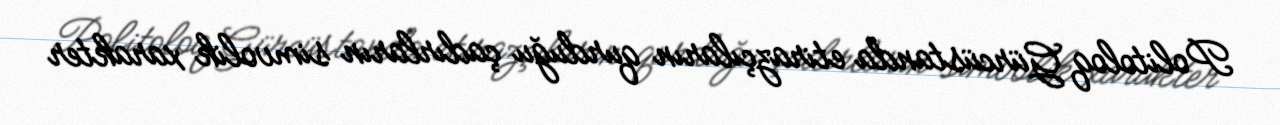
Politoloq Gürcüstanda etirazçıların qurduğu çadırların simvolik xarakter